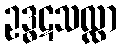
ဥဒ္ဓဋသလ္လာ